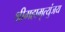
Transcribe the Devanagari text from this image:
श्रीमहामृत्युंजय